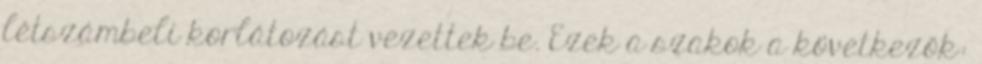
létszámbeli korlátozást vezettek be. Ezek a szakok a következők: